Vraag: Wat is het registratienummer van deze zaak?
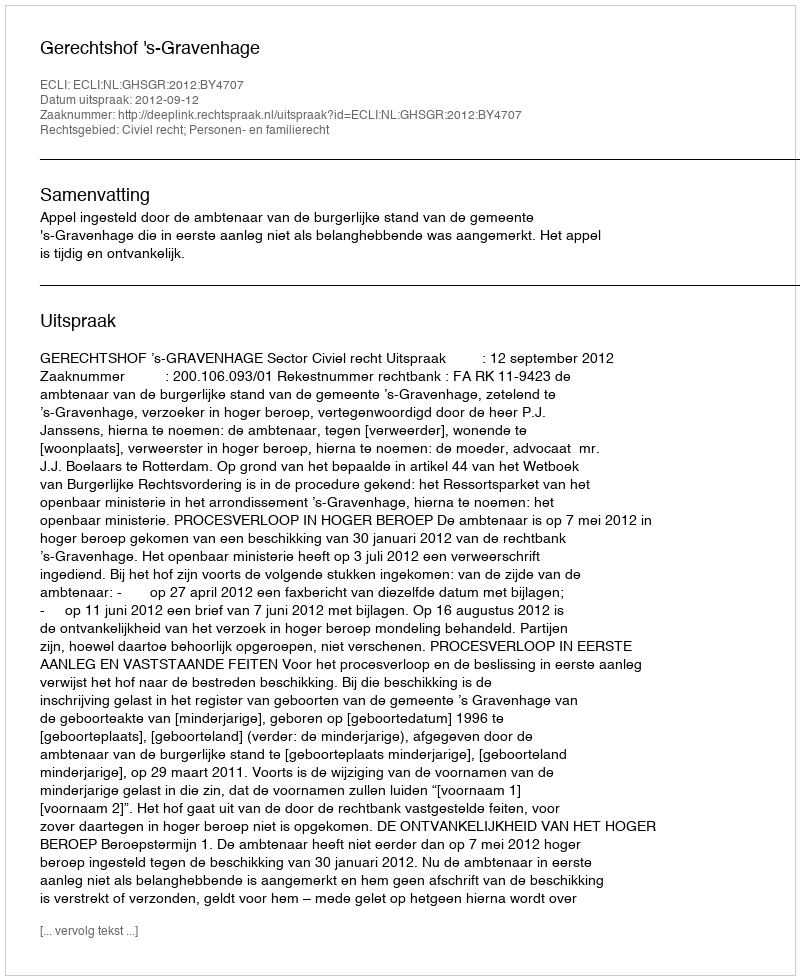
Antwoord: http://deeplink.rechtspraak.nl/uitspraak?id=ECLI:NL:GHSGR:2012:BY4707